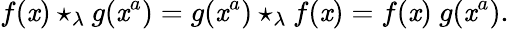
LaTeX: f(\mathit{x})\star_{\lambda}g(\mathit{x}^{a})=g(\mathit{x}^{a})\star_{\lambda}f(\mathit{x})=f(\mathit{x})\ g(\mathit{x}^{a}).